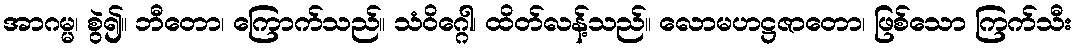
အာဂမ္မ၊ စွဲ၍။ ဘီတော၊ ကြောက်သည်။ သံဝိဂ္ဂေါ၊ ထိတ်လန့်သည်။ လောမဟဋ္ဌဇာတော၊ ဖြစ်သော ကြက်သီး